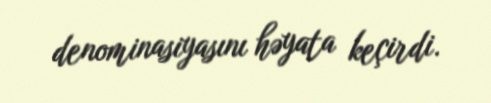
denominasiyasını həyata keçirdi.